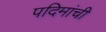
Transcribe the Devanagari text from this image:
पदिमांची